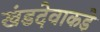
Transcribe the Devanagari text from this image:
खंडदेवाकडे